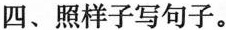
四、照样子写句子。